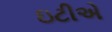
ઇટીએ